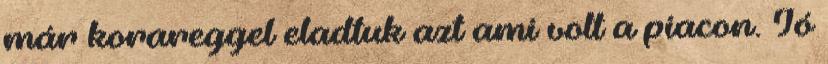
már korareggel eladtuk azt ami volt a piacon. Jó